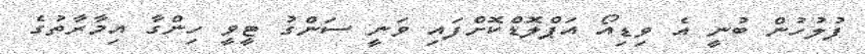
ފުލުހުން ބުނީ އެ ވިޑިއޯ އަޕްލޮޑްކޮށްފައި ވަނީ ސަންގު ޓީވީ ހިންގާ އިމާރާތުގެ